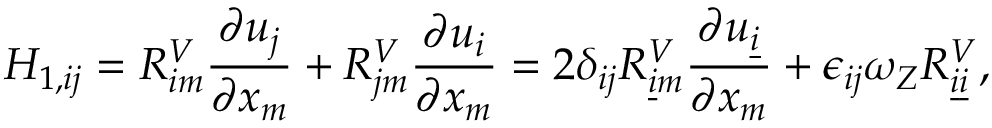
H _ { 1 , i j } = R _ { i m } ^ { V } \frac { \partial u _ { j } } { \partial x _ { m } } + R _ { j m } ^ { V } \frac { \partial u _ { i } } { \partial x _ { m } } = 2 \delta _ { i j } R _ { \underline { { i } } m } ^ { V } \frac { \partial u _ { \underline { { i } } } } { \partial x _ { m } } + \epsilon _ { i j } \omega _ { Z } R _ { \underline { { i } } \underline { { i } } } ^ { V } ,